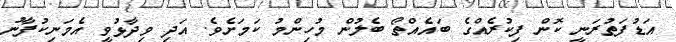
އަޑުފަތުރަނީ ކޮން ފިކުރެއްގެ ބައެއްތޯ ބެލުން މުހިންމު ކަމަށެވެ. އަދި ވިދާޅުވީ އެމަނިކުފާނު